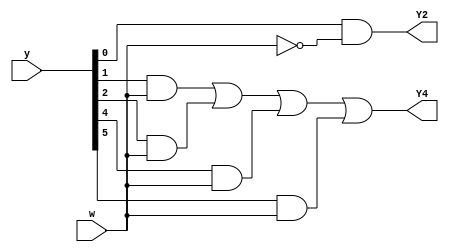
module top_module (
    input [6:1] y,
    input w,
    output Y2,
    output Y4);

    //parameter A=6'b000001, B=6'b000010, C=6'b000100, D=6'b001000, E=6'b010000, F=6'b100000;
    parameter A=1, B=2, C=3, D=4, E=5, F=6;
    reg [6:1] Y;
    
    assign Y[B] = (y[A]&~w);
    assign Y[D] = (y[B]&w)|(y[C]&w)|(y[E]&w)|(y[F]&w);
    
    assign Y2 = Y[B];
    assign Y4 = Y[D];
endmodule